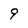
Character: 9